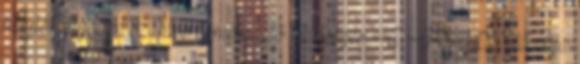
helytől függően számos kombináció lehetséges. A GRADO fő célja